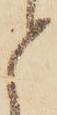
と